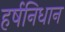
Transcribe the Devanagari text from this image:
हर्षनिधान